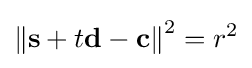
\left\Vert \mathbf {s} +t\mathbf {d} -\mathbf {c} \right\Vert ^{2}=r^{2}